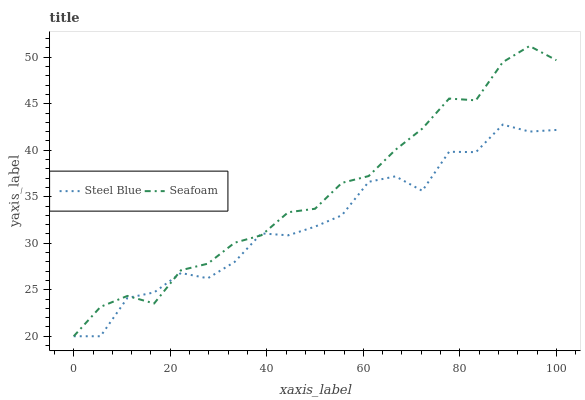
| xaxis_label | Steel Blue | Seafoam |
 | --- | --- | --- |
 | 0 | 20 | 20 |
 | 5.56 | 20 | 23.2 |
 | 11.1 | 24.1 | 24.3 |
 | 16.7 | 24.7 | 23.5 |
 | 22.2 | 26.8 | 27.1 |
 | 27.8 | 26.2 | 27.8 |
 | 33.3 | 28 | 30.1 |
 | 38.9 | 31.1 | 30.9 |
 | 44.4 | 30.9 | 33.3 |
 | 50 | 31.8 | 33.7 |
 | 55.6 | 33 | 36.5 |
 | 61.1 | 36.6 | 37.2 |
 | 66.7 | 37.2 | 40 |
 | 72.2 | 35.6 | 42.3 |
 | 77.8 | 39.8 | 45.6 |
 | 83.3 | 39.8 | 45.4 |
 | 88.9 | 42.8 | 49.5 |
 | 94.4 | 42 | 51.2 |
 | 100 | 42.2 | 49.7 |